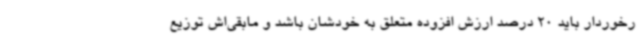
رخوردار باید 20 درصد ارزش افزوده متعلق به خودشان باشد و مابقی‌اش توزیع